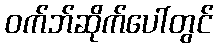
ဝက်ဘ်ဆိုက်ပေါ်တွင်